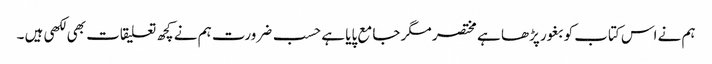
ہم نے اس کتاب کو بغور پڑھا ہے مختصر مگر جامع پایا ہے حسب ضرورت ہم نے کچھ تعلیقات بھی لکھی ہیں ۔